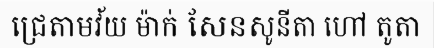
ជ្រេតាមវ័យ ម៉ាក់ សែនសូនីតា ហៅ តូតា